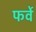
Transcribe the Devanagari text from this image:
फर्वे